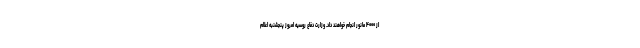
از ۴۰۰۰ مانور انجام خواهند داد. وزارت دفاع روسیه امروز پنجشنبه اعلام